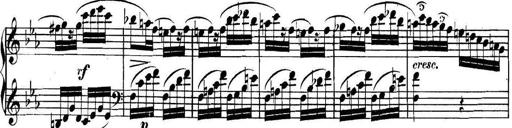
Title: Collected Piano Sonatas
Composer: Muzio Clementi